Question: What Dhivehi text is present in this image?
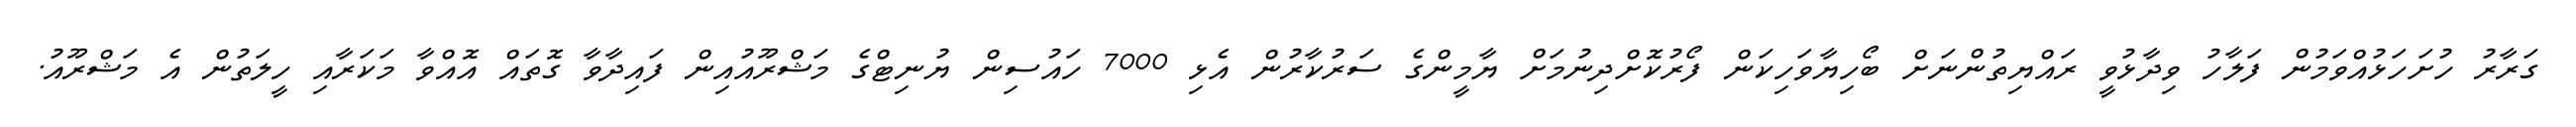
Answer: ގަރާރު ހުށަހަޅުއްވަމުން ފަލާހު ވިދާޅުވީ ރައްޔިތުންނަށް ބޯހިޔާވަހިކަން ފޯރުކޮށްދިނުމަށް ޔާމީންގެ ސަރުކާރުން އެޅި 7000 ހައުސިން ޔުނިޓްގެ މަޝްރޫއުއިން ފައިދާވާ ގޮތައް އޮއްވާ މަކަރާއި ހީލަތުން އެ މަޝްރޫއު.